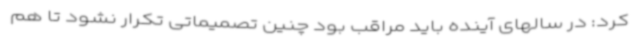
کرد: در سالهای آینده باید مراقب بود چنین تصمیماتی تکرار نشود تا هم